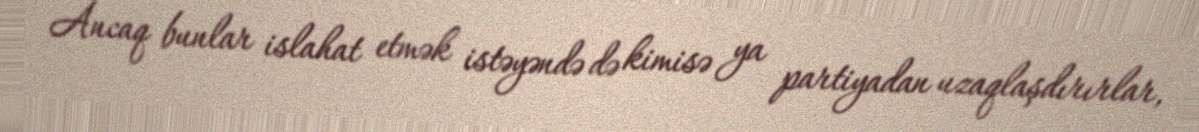
Ancaq bunlar islahat etmək istəyəndə də kimisə ya partiyadan uzaqlaşdırırlar,